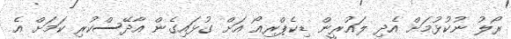
ރޯލު ނުކުޅުމަށް އެދި ލައުރީން ޑިކެޕްރިއޯ އަށް ގުޅައިގެން އާދޭސްކުރި ކަމަށް އެ